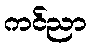
ကင်ညာ